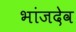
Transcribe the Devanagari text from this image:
भांजदेव